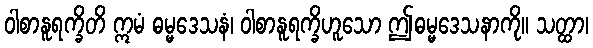
ဝါစာနူရက္ခိတိ ဣမံ ဓမ္မဒေသနံ၊ ဝါစာနူရက္ခိဟူသော ဤဓမ္မဒေသနာကို။ သတ္ထာ၊